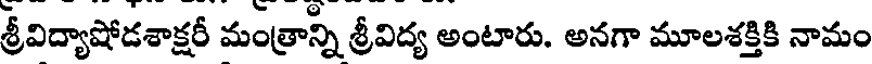
శ్రీవిద్యాషోడశాక్షరీ మంత్రాన్ని శ్రీవిద్య అంటారు. అనగా మూలశక్తికి నామం